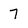
Character: 7